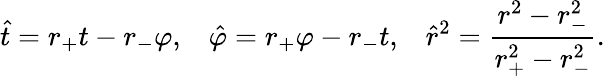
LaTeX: \hat{t}=r_{+}t-r_{-}\varphi,\; \; \; \hat{\varphi}=r_{+}\varphi-r_{-}t,\; \; \; \hat{r}^{2}=\frac{r^{2}-r_{-}^{2}}{r_{+}^{2}-r_{-}^{2}}.